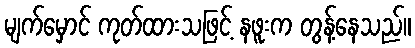
မျက်မှောင် ကုတ်ထားသဖြင့် နဖူးက တွန့်နေသည်။